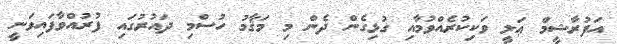
އަފުރާޝީމް ޢަލީ ވަކިކުރެއްވުމާއި ގުޅިގެން ދެން މި މަޤާމު ހުސްމި ދައުރުގައި ފުރުއްވާފައިވަނީ